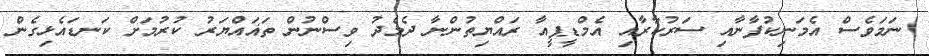
ނަމަވެސް އެމަނިކުފާނާއި ސަރުކާރާއި އެމްޑީޕީއާ ރައްޔިތުންނާ ދެމެދު ވިސްނުން ތަޣައްޔަރު ކުރުމަށް ކަނޑައެޅިގެން